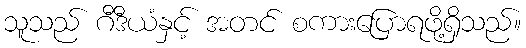
သူသည် ဂီဒီယံနှင့် အတင် စကားပြောရဖို့ရှိသည်။